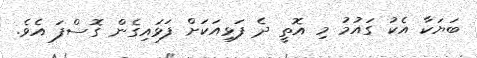
ބަޔަކާ އެކު ގައުމު މި އޮތީ ދެ ފަޅިއަކަށް ފަޅައިގެން ގޮސްފަ އެވެ.